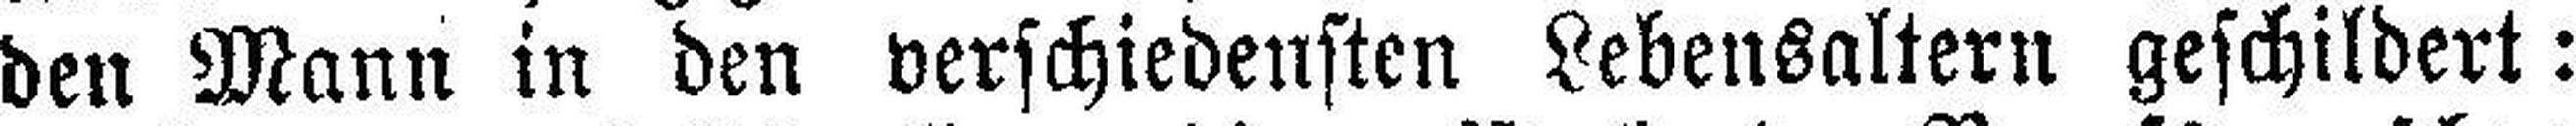
den Mann in den verschiedensten Lebensaltern geschildert: